画像に写った文字を読んでください
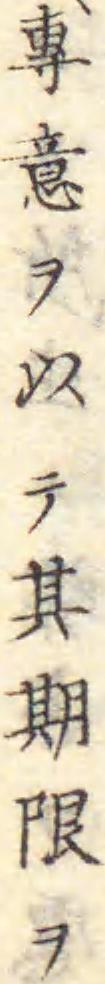
「專意ヲ以テ其期限ヲ」と書いてあります